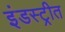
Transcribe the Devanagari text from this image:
इंडस्ट्रीत